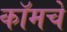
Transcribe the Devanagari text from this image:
कॉमचे